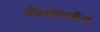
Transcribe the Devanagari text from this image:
ओव्यांपर्यंत